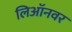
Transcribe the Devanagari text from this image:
लिऑनवर